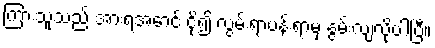
ကြားသူသည် အားရအောင် ငို၍ လွမ်းရာပန်းရာမှ နွမ်းလျလိုပါပြီ။